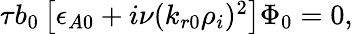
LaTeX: \begin{array}{r}{\tau b_{0}\left[\epsilon_{A0}+i\nu(k_{r0}\rho_{i})^{2}\right]\Phi_{0}=0,}\end{array}